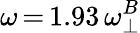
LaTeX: \omega\, {=}\, 1.93\, \omega_{\perp}^{B}